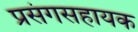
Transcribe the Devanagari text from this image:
प्रसंगसहायक